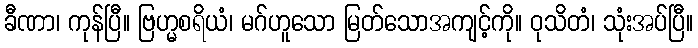
ခီဏာ၊ ကုန်ပြီ။ ဗြဟ္မစရိယံ၊ မဂ်ဟူသော မြတ်သောအကျင့်ကို။ ဝုသိတံ၊ သုံးအပ်ပြီ။